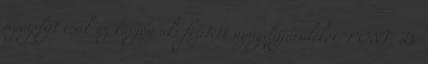
nyugdijt csak az kapjon aki fizetett nyugdijjárulékot. PONT. De